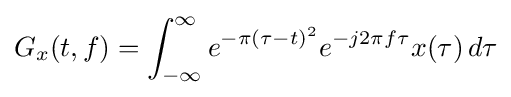
G_{x}(t,f)=\int _{-\infty }^{\infty }e^{-\pi (\tau -t)^{2}}e^{-j2\pi f\tau }x(\tau )\,d\tau